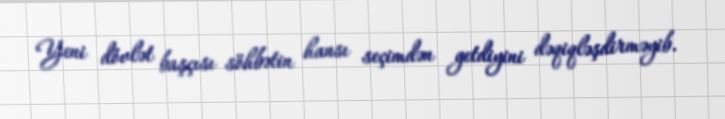
Yeni dövlət başçısı söhbətin hansı seçimdən getdiyini dəqiqləşdirməyib.